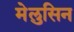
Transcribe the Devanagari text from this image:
मेलुसिन